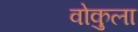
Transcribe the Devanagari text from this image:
वोकुला